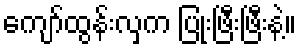
ကျော်ထွန်းလှက ပြုံးဖြီးဖြီးနဲ့။